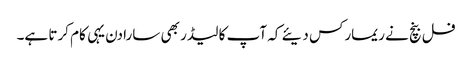
فل بنچ نے ریمارکس دیئے کہ آپ کا لیڈر بھی سارا دن یہی کام کرتا ہے۔